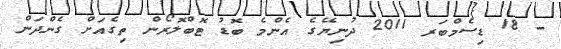
- 18 ޑިސެމްބަރ 2011 ދުނިޔޭގެ އެންމެ ބޮޑު ޓޮބްލޮރޯން ތިގެއަށް ގެންދަން